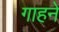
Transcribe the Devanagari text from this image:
गाहने